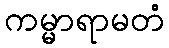
ကမ္မာရာမတံ